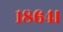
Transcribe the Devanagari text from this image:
१८६४।